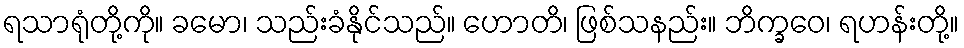
ရသာရုံတို့ကို။ ခမော၊ သည်းခံနိုင်သည်။ ဟောတိ၊ ဖြစ်သနည်း။ ဘိက္ခဝေ၊ ရဟန်းတို့။